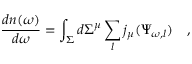
{ \frac { d n ( \omega ) } { d \omega } } = \int _ { \Sigma } d \Sigma ^ { \mu } \sum _ { l } j _ { \mu } ( \Psi _ { \omega , l } ) ~ ~ ~ ,